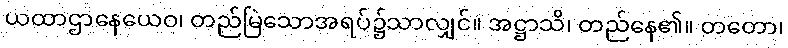
ယထာဌာနေယေဝ၊ တည်မြဲသောအရပ်၌သာလျှင်။ အဋ္ဌာသိ၊ တည်နေ၏။ တတော၊